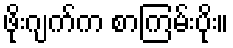
ဖိုးဂျက်က စာကြမ်းပိုး။